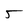
Character: 5